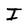
Character: I